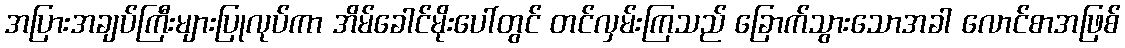
အပြားအချပ်ကြီးများပြုလုပ်ကာ အိမ်ခေါင်မိုးပေါ်တွင် တင်လှမ်းကြသည် ခြောက်သွားသောအခါ လောင်စာအဖြစ်